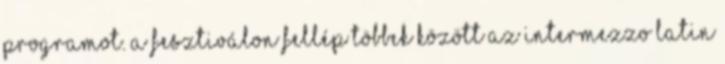
programot. A fesztiválon fellép többek között az Intermezzo Latin